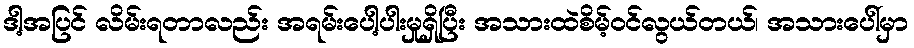
ဒါ့အပြင် လိမ်းရတာလည်း အရမ်းပေါ့ပါးမှုရှိပြီး အသားထဲစိမ့်ဝင်လွယ်တယ်၊ အသားပေါ်မှာ